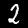
Label: 2